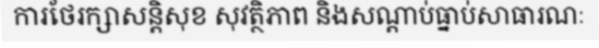
ការថែរក្សាសន្តិសុខ សុវត្ថិភាព និងសណ្តាប់ធ្នាប់សាធារណៈ